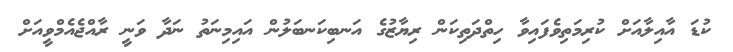
ކުޑަ އާއިލާއަށް ކުރިމަތިވެފައިވާ ހިތްދަތިކަން ރިޔާޒުގެ އަނބިކަނބަލުން އައިމިނަތު ނަދާ ވަނީ ރާއްޖެއެމްވީއަށް